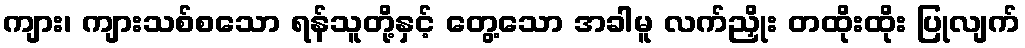
ကျား၊ ကျားသစ်စသော ရန်သူတို့နှင့် တွေ့သော အခါမူ လက်ညှိုး တထိုးထိုး ပြုလျက်